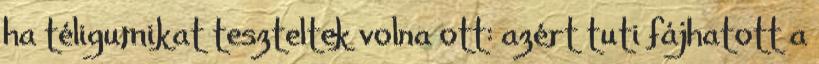
ha téligumikat teszteltek volna ott: azért tuti fájhatott a